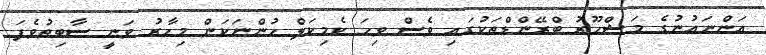
އަންނައުނުގެ މަޝްހޫރު ބްރޭންޑްތަކުގައި ވެސް ވިހަ ކެމިކަލް ހުންނަކަން މިހާރު ވަނީ ސާބިތުވެފަ